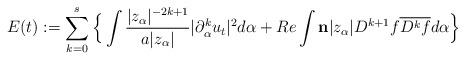
LaTeX: \begin{align*}E(t):=\sum_{k=0}^s \Big\{\int \frac{|z_{\alpha}|^{-2k+1}}{a|z_{\alpha}|}|\partial_{\alpha}^k u_t|^2 d\alpha + Re\int \bold{n} |z_{\alpha}|D^{k+1}f \overline{D^k f} d\alpha\Big\}\end{align*}